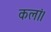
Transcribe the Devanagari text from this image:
कलां।